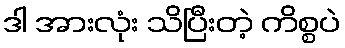
ဒါ အားလုံး သိပြီးတဲ့ ကိစ္စပဲ